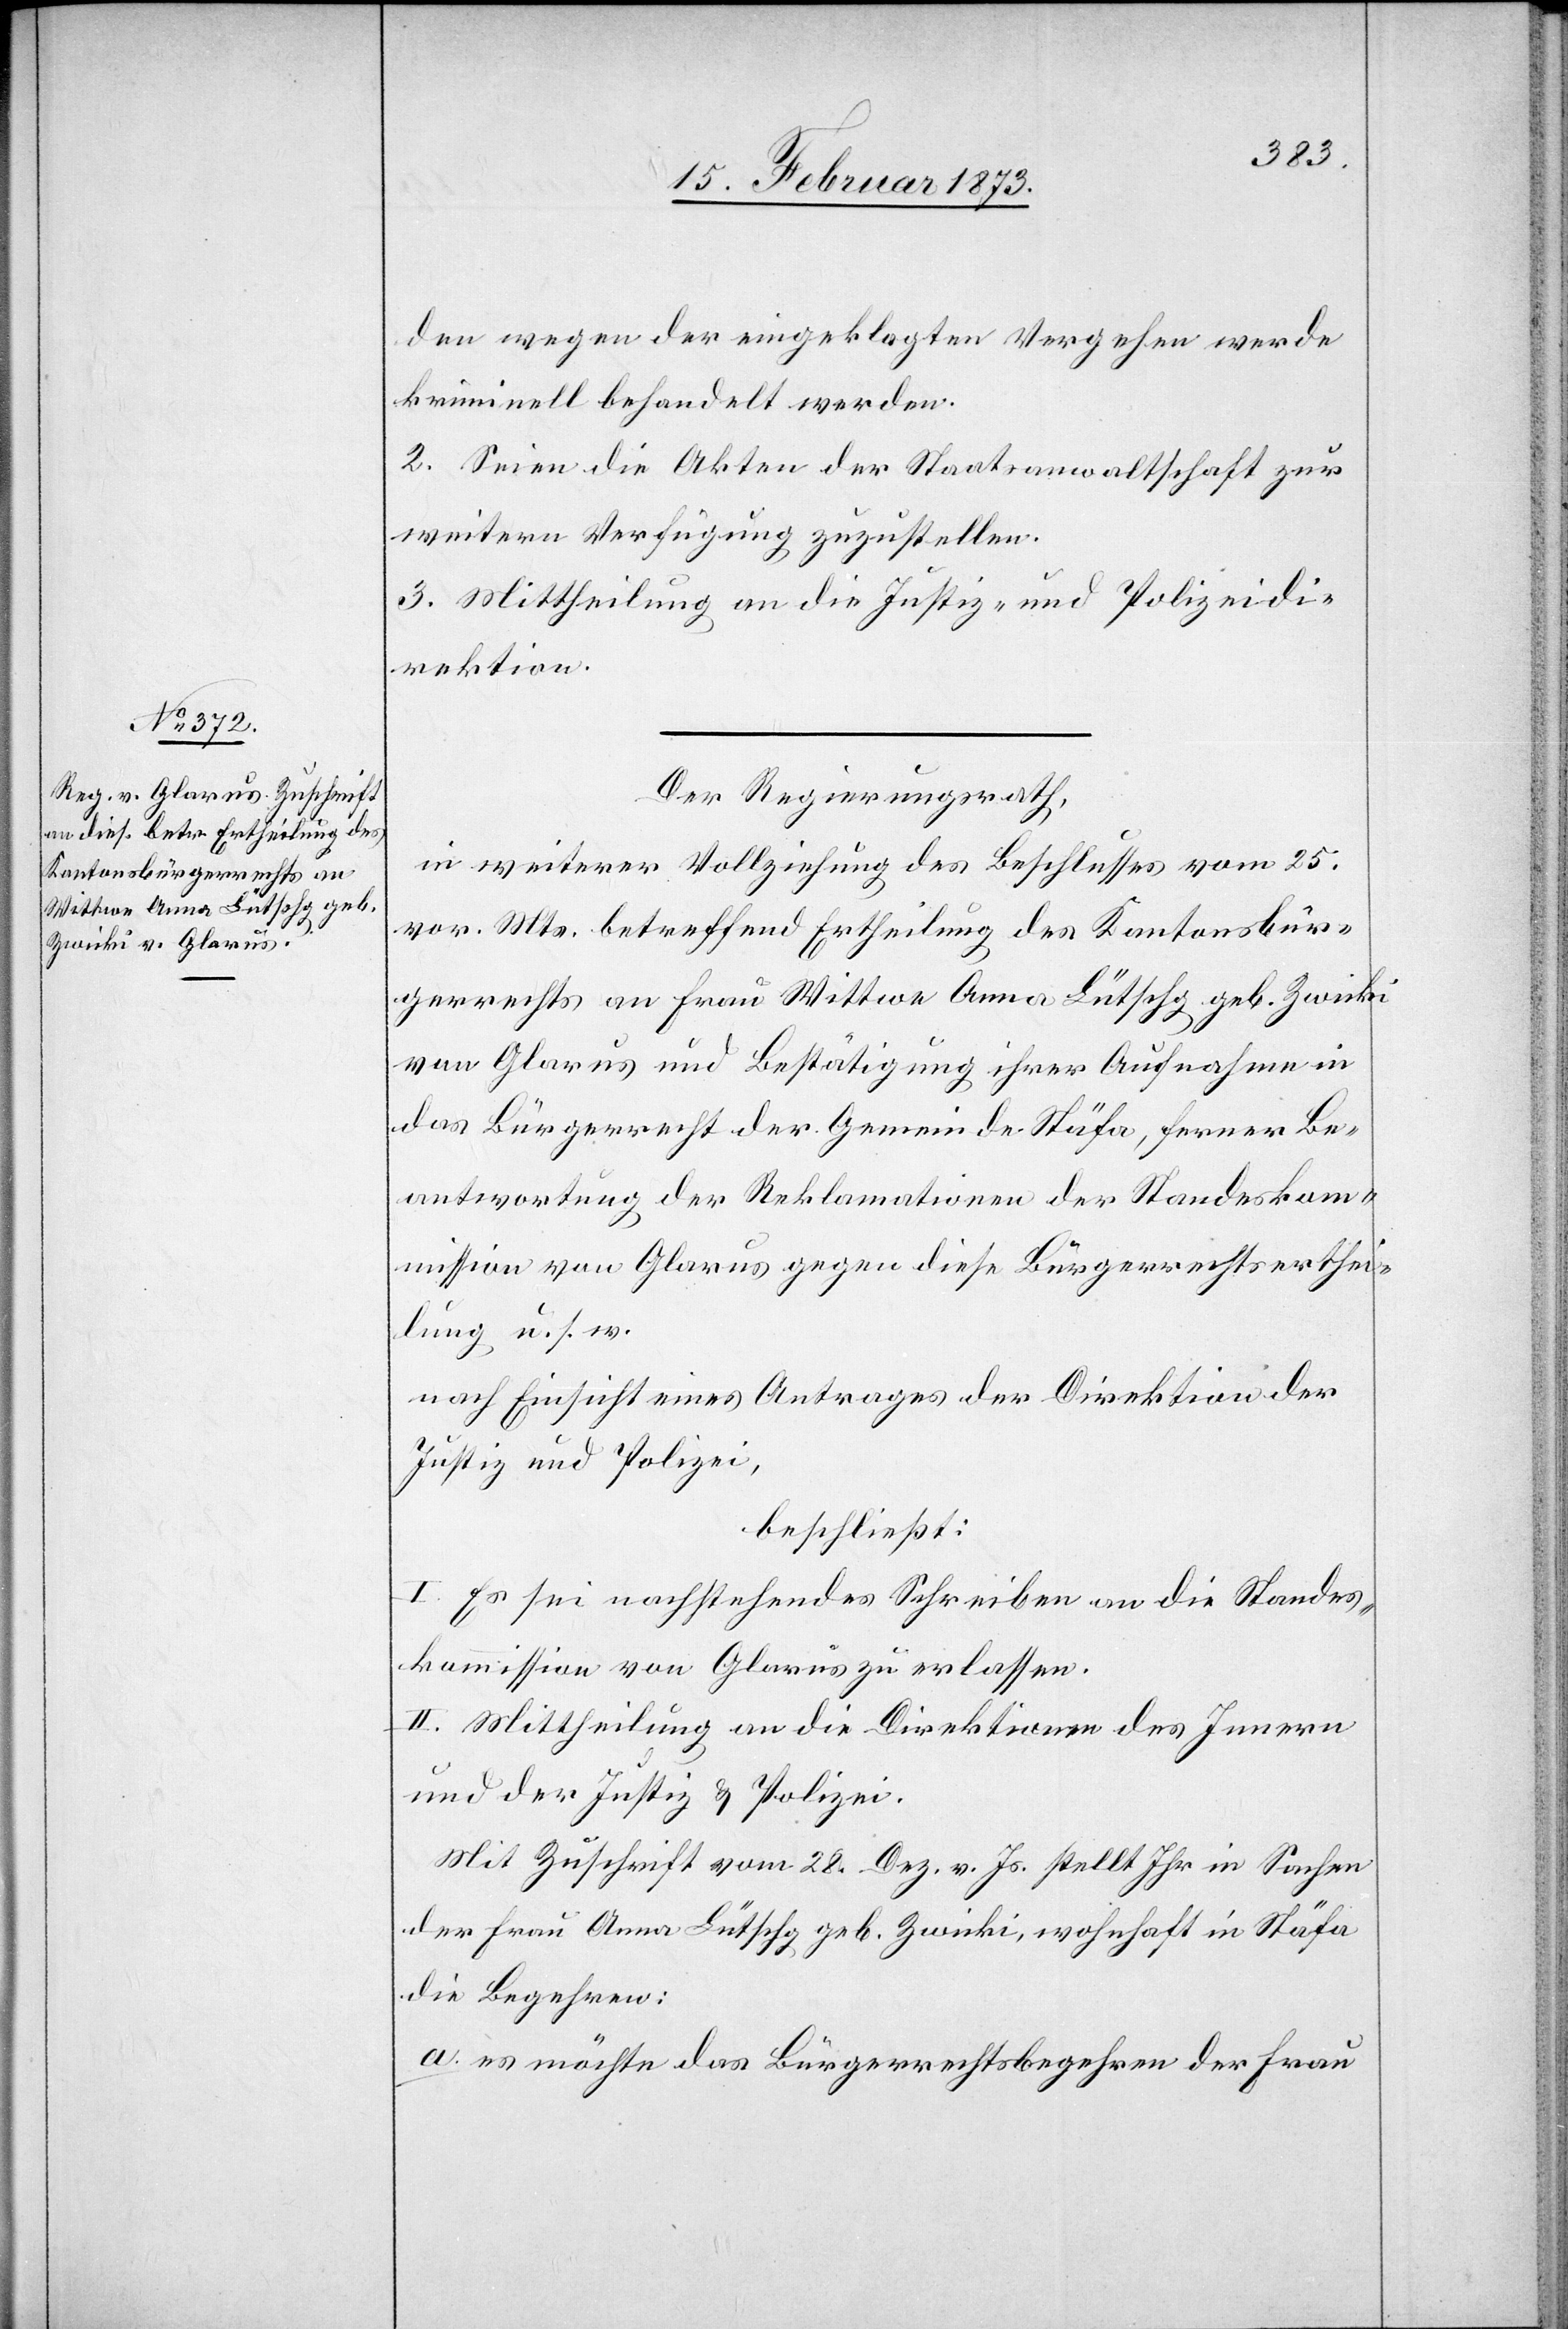
den wegen der eingeklagten Vergehen werde
kriminell behandelt werden.
2. Seien die Akten der Staatsanwaltschaft zur
weitern Verfügung zuzustellen.
3. Mittheilung an die Justiz- und Polizeidi¬
rektion.
Der Regierungsrath,
in weiterer Vollziehung des Beschlusses vom 25.
vor. Mts. betreffend Ertheilung des Kantonsbür¬
gerrechts an Frau Wittwe Anna Lütschg geb. Zwicki
von Glarus und Bestätigung ihrer Aufnahme in
das Bürgerrecht der Gemeinde Stäfa, ferner Be¬
antwortung der Reklamationen der Standeskom¬
mission von Glarus gegen diese Bürgerrechtserthei¬
lung u. s. w.
nach Einsicht eines Antrages der Direktion der
Justiz und Polizei,
beschließt:
I. Es sei nachstehendes Schreiben an die Standes¬
kommission von Glarus zu erlassen.
II. Mittheilung an die Direktion des Innern
und der Justiz u. Polizei.
Mit Zuschrift vom 28. Dez. v. Js. stellt Ihr in Sachen
der Frau Anna Lütschg geb. Zwicki, wohnhaft in Stäfa
die Begehren:
a. es möchte das Bürgerrechtsbegehren der Frau